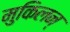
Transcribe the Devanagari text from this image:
मुकिलन्